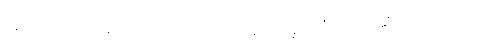
လုံ့လပြုသောပုဂ္ဂိုလ်အား။ ဉာဏဒဿနဝိသုဒ္ဓိသင်္ခါတံ၊ ဟုဆိုအပ်သော။ ယံ